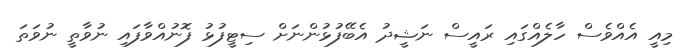
މިއީ އެއްވެސް ހާލެއްގައި ރައީސް ނަޝީދު އެބޭފުޅުންނަށް ސިޓީފުޅު ފޮނުއްވާފައި ނުވާތީ ނުވަތަ